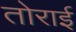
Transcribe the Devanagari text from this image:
तोराई